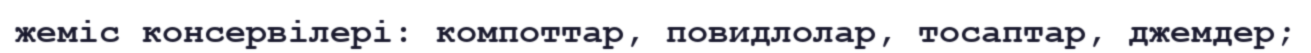
жеміс консервілері: компоттар, повидлолар, тосаптар, джемдер;